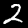
Digit: 2